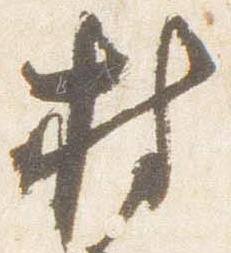
持